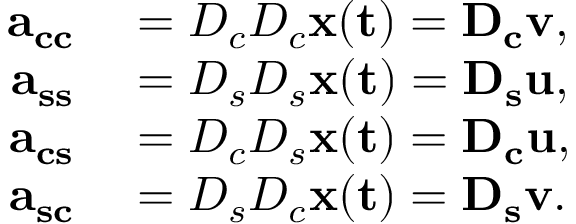
\begin{array} { r l } { \bf { a } _ { c c } } & { { } = D _ { c } D _ { c } \bf { x } ( t ) = D _ { c } { \bf v } , } \\ { \bf { a } _ { s s } } & { { } = D _ { s } D _ { s } \bf { x } ( t ) = D _ { s } { \bf u } , } \\ { \bf { a } _ { c s } } & { { } = D _ { c } D _ { s } \bf { x } ( t ) = D _ { c } { \bf u } , } \\ { \bf { a } _ { s c } } & { { } = D _ { s } D _ { c } \bf { x } ( t ) = D _ { s } { \bf v } . } \end{array}